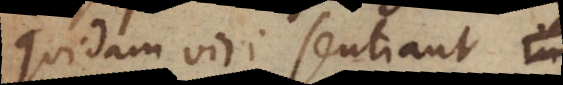
quidam viri sentiant